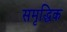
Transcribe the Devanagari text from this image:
समृद्धिक